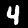
Digit: 4